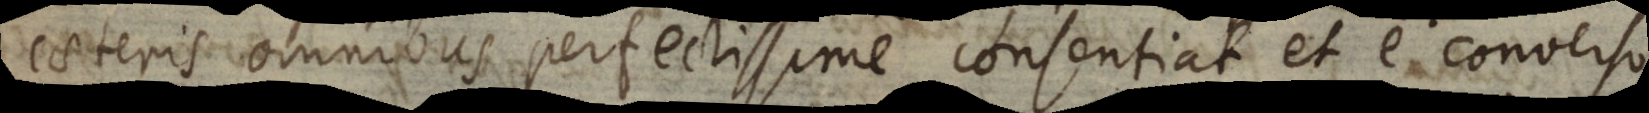
caeteris omnibus perfectissime consentiat et e converso.